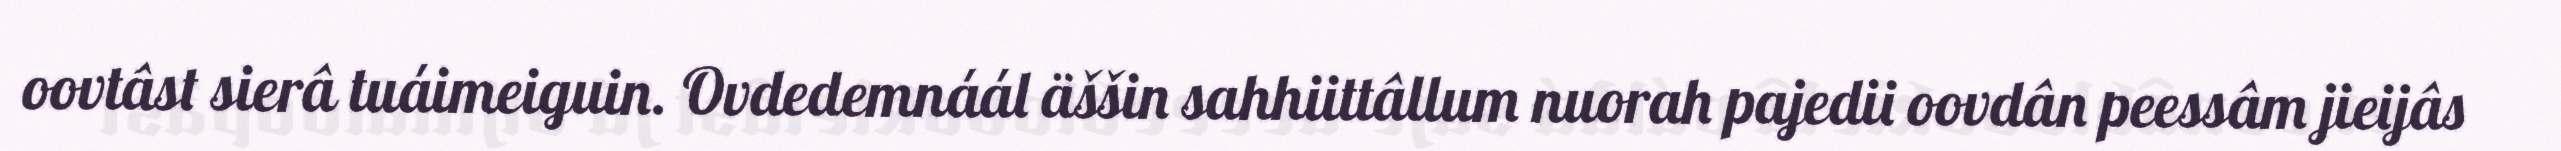
oovtâst sierâ tuáimeiguin. Ovdedemnáál äššin sahhiittâllum nuorah pajedii oovdân peessâm jieijâs